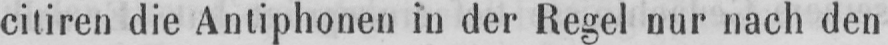
citiren die Antiphonen in der Regel nur nach den